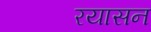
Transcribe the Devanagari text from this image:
रयासन